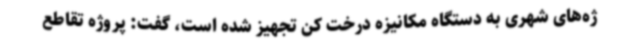
ژه‌های شهری به دستگاه مکانیزه درخت کن تجهیز شده است، گفت: پروژه تقاطع